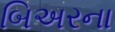
બિઅરના